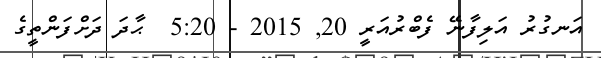
އަނގުރު އަަލިފާނޭ ފެބްރުއަރީ 20